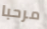
مرحبا